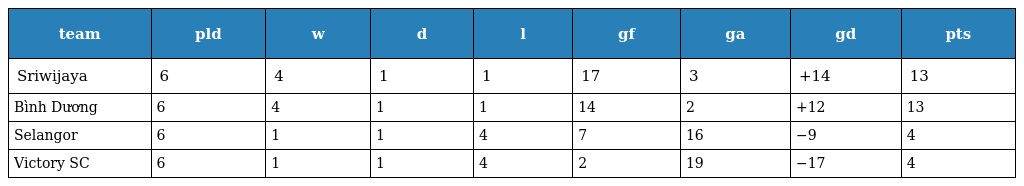
| team | pld | w | d | l | gf | ga | gd | pts |
 | --- | --- | --- | --- | --- | --- | --- | --- | --- |
 | Sriwijaya | 6 | 4 | 1 | 1 | 17 | 3 | +14 | 13 |
 | Bình Dương | 6 | 4 | 1 | 1 | 14 | 2 | +12 | 13 |
 | Selangor | 6 | 1 | 1 | 4 | 7 | 16 | −9 | 4 |
 | Victory SC | 6 | 1 | 1 | 4 | 2 | 19 | −17 | 4 |